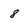
Character: 8